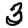
Digit: 3